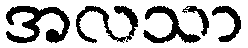
အလသာ